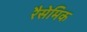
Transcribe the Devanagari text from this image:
रैसेमिक